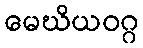
မေဃိယဝဂ္ဂ